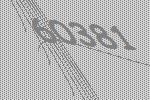
60381